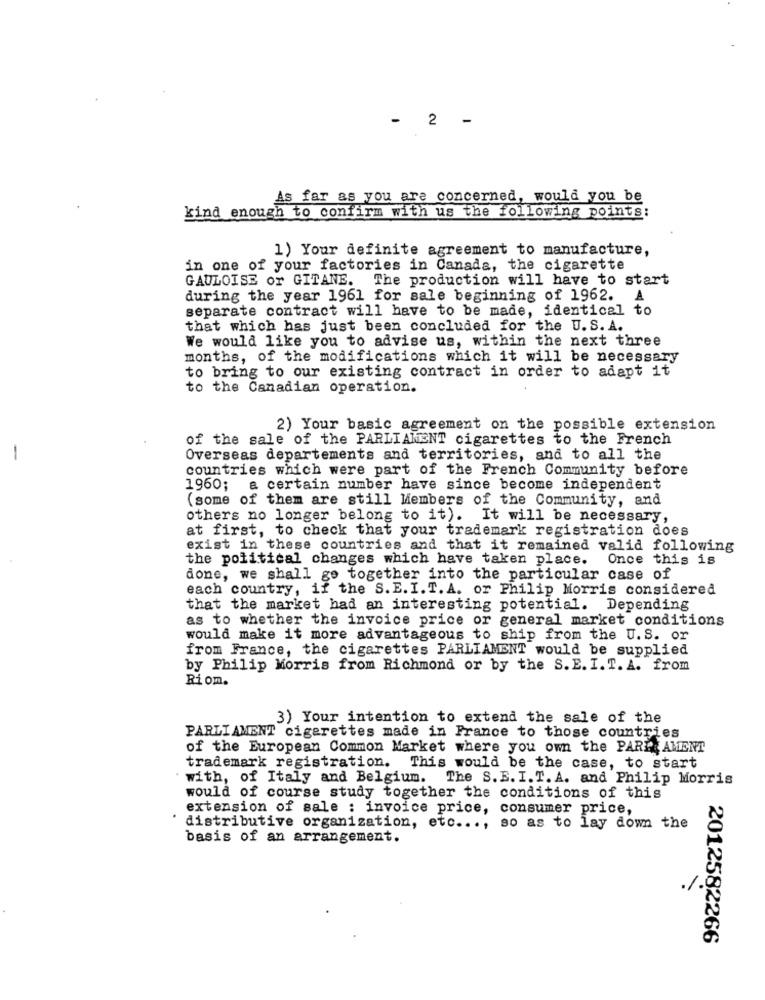
-
2 -
As far as you are concerned, would you be
kind enough to confirm with us the following points:
1) Your definite agreement to manufacture,
in one of your factories in Canada, the cigarette
GAULOISE or GITANE. The production will have to start
during the year 1961 for sale beginning of 1962.
A
separate contract will have to be made, identical to
that which has just been concluded for the U. S. A.
We would like you to advise us, within the next three
months, of the modifications which it will be necessary
to bring to our existing contract in order to adapt it
to the Canadian operation.
2) Your basic agreement on the possible extension
of the sale of the PARLIAMENT cigarettes to the French
Overseas departements and territories, and to all the
countries which were part of the French Community before
1960;
a certain number have since become independent
(some of them are still Members of the Community, and
others no longer belong to it). It will be necessary,
at first, to check that your trademark registration does
exist in these countries and that it remained valid following
the political changes which have taken place.
Once this is
done, we shall go together into the particular case of
each country, if the S. E. I. T. A. or Philip Morris considered
that the market had an interesting potential. Depending
as to whether the invoice price or general market conditions
would make it more advantageous to ship from the U.S. or
from France, the cigarettes PARLIAMENT would be supplied
by Philip Morris from Richmond or by the S. E. I. T. A. from
Ri om.
3) Your intention to extend the sale of the
PARLIAMENT cigarettes made in France to those countries
of the European Common Market where you own the PARE AMENT
trademark registration. This would be the case, to start
with, of Italy and Belgium. The S.E.I.T.A. and Philip Morris
would of course study together the conditions of this
extension of sale : invoice price, consumer price,
distributive organization, etc ..., so as to lay down the
basis of an arrangement.
%
2012582266